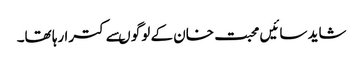
شاید سائیں محبت خان کے لوگو ںسے کترا رہا تھا۔